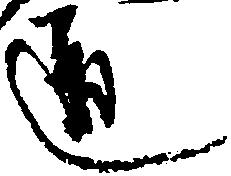
道